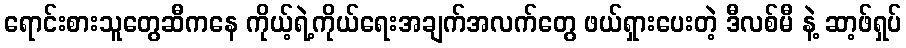
ရောင်းစားသူတွေဆီကနေ ကိုယ့်ရဲ့ကိုယ်ရေးအချက်အလက်တွေ ဖယ်ရှားပေးတဲ့ ဒီလစ်မီ နဲ့ ဆာ့ဖ်ရှပ်